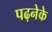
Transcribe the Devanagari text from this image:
पढ़नेके